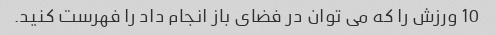
10 ورزش را که می توان در فضای باز انجام داد را فهرست کنید.